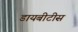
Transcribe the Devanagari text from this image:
डायबीटीस